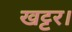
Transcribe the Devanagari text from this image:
खट्टर।